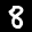
Label: 8